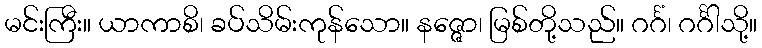
မင်းကြီး။ ယာကာစိ၊ ခပ်သိမ်းကုန်သော။ နဇ္ဇော၊ မြစ်တို့သည်။ ဂင်္ဂံ၊ ဂင်္ဂါသို့။